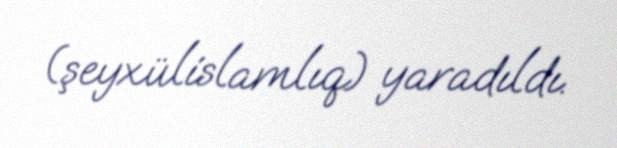
(şeyxülislamlıq) yaradıldı.